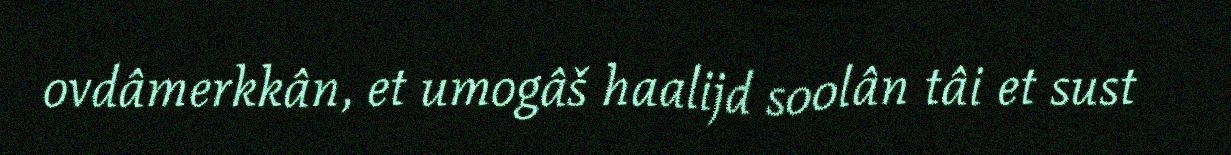
ovdâmerkkân, et umogâš haalijd soolân tâi et sust